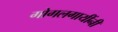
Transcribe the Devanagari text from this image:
गोगलगायींनी